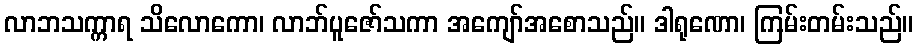
လာဘသက္ကာရ သိလောကော၊ လာဘ်ပူဇော်သကာ အကျော်အစောသည်။ ဒါရုဏော၊ ကြမ်းတမ်းသည်။